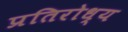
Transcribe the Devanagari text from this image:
प्रतिरोध्य